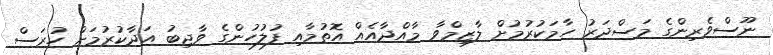
ނޫސްވެރިންގެ މަސްދަރު ހާމަކުރުމުށް ލާޒިމްވާ މާއްދާއެއް އޮތުމާއި ފުލުހުންގެ ވާޖިބު އަދާކުރުމަށް ހުރަސް